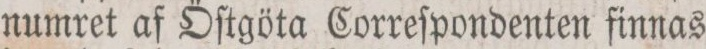
numret af Öſtgöta Correſpondenten finnas